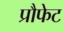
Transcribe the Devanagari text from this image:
प्रौफेट